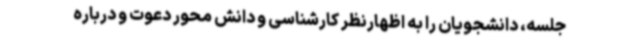
جلسه، دانشجویان را به اظهارنظر کارشناسی و دانش محور دعوت و درباره